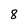
Character: 8